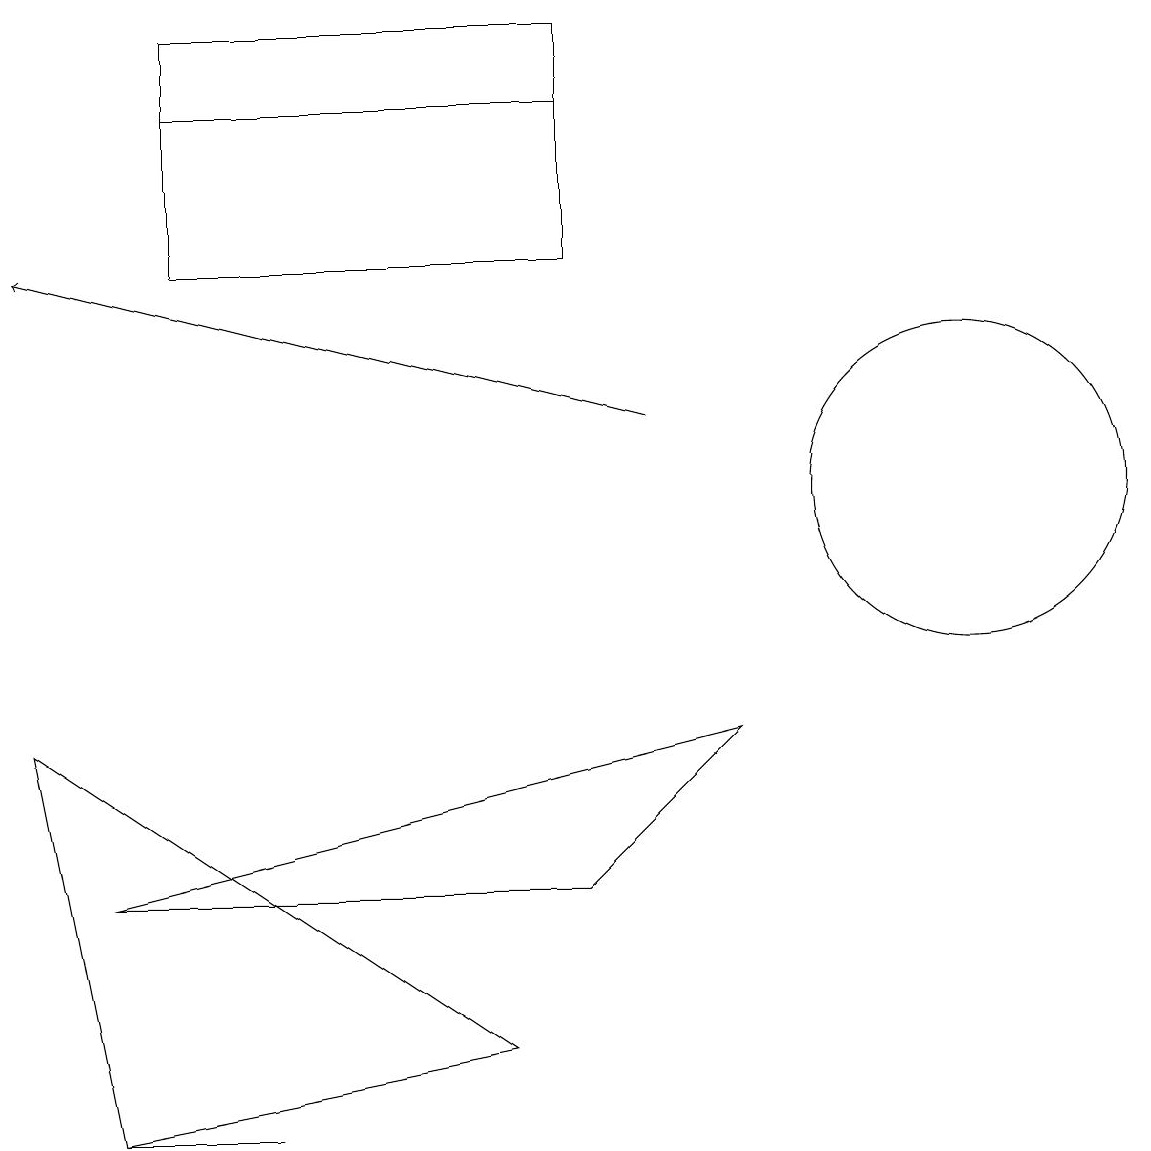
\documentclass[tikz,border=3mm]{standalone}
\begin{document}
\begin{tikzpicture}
\draw (7,15) rectangle (2,18);
\draw (12,12) circle (2);
\draw (6,5) -- (0,9) -- (1,4) -- cycle;
\draw (1,4) -- (3,4) -- (1,4) -- cycle;
\draw (9,9) -- (7,7) -- (1,7) -- cycle;
\draw[->] (8,13) -- (0,15);
\draw (7,17) rectangle (2,18);
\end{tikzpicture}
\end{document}